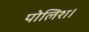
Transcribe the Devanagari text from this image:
पोलिश।